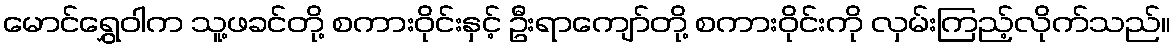
မောင်ရွှေဝါက သူ့ဖခင်တို့ စကားဝိုင်းနှင့် ဦးရာကျော်တို့ စကားဝိုင်းကို လှမ်းကြည့်လိုက်သည်။